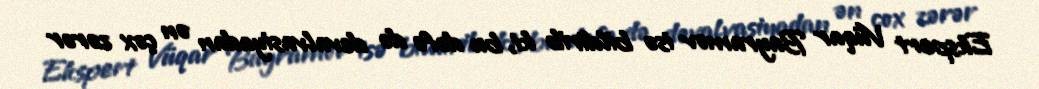
Ekspert Vüqar Bayramov isə bildirib ki, bu dəfə də devalvasiyadan ən çox zərər